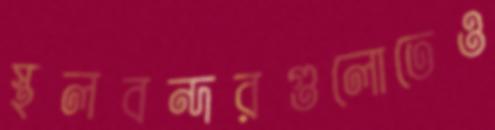
স্থলবন্দরগুলোতেও